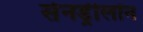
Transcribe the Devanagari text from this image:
सेनड्रीलॉन